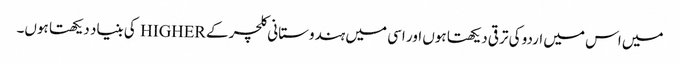
میں اس میں اردو کی ترقی دیکھتا ہوں اور اسی میں ہندوستانی کلچر کے HIGHER کی بنیاد دیکھتا ہوں۔